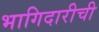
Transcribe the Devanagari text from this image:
भागिदारीची